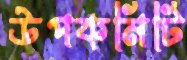
উপকমিটি